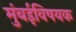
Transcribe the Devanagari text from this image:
मुंबईविषयक